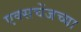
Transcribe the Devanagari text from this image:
एक्सचेंजच्या